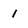
Character: 1